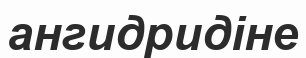
ангидридіне